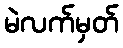
မဲလက်မှတ်